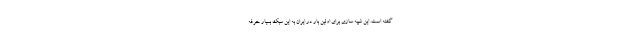
گشته است. این شبیه سازی برای اولین بار در ایران به این سبک بسیار حرفه